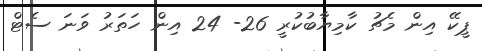
ޕީކޭ އިން މެޗު ކާމިޔާބުކުރީ 26- 24 އިން ހަތަރު ވަނަ ސެޓް